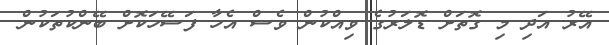
އޭރު އަދި މި ގޮތަށް ޑޮލަރުގެ ވިއްކުން ވެސް އެހާ ފަސޭހަކޮށް ބޭންކުތަކުން